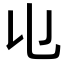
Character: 𠄑